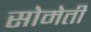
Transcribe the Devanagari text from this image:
सोमेती